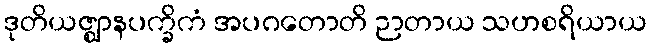
ဒုတိယဇ္ဈာနပက္ခိကံ အပဂတောတိ ဉာတာယ သဟစရိယာယ